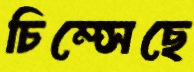
চিম্‌সেছে